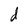
Character: d